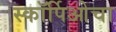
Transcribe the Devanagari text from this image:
स्कॉर्पिओचा